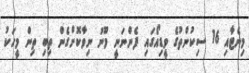
މިނެޓާއި 16 ސިކުންތުގެ ވީޑިއޯގައި ފެންނަނީ މޫނު ނިވާކޮށްގެން ތިބި ތިން މީހަކު